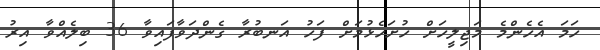
ހަމަ އެހެންމެ މަޖިލީހަށް ހުށަހެޅުމަށް ފަހު އަނބުރާ ގެންދަވާފައިވާ 36 ބިލެއްވާ އިރު